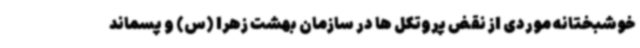
خوشبختانه موردی از نقض پروتکل ها در سازمان بهشت زهرا (س) و پسماند